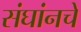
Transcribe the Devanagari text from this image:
संघांनचे